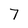
Character: 7